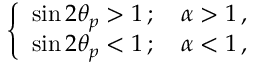
\begin{array} { r } { \left\{ \begin{array} { l l } { \sin 2 \theta _ { p } > 1 \, ; \quad \alpha > 1 \, , } & { } \\ { \sin 2 \theta _ { p } < 1 \, ; \quad \alpha < 1 \, , } \end{array} \right. } \end{array}